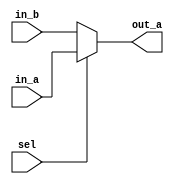
module DLY_NR_NEGT (in_a, in_b, sel, out_a);
   input in_a, in_b, sel;
   output reg out_a;

   always @(in_a or in_b or sel)
   begin
      if (sel)
      out_a = #10 in_a;
      else
      out_a = #(-10) in_b;
   end
endmodule